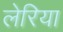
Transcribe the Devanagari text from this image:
लेरिया